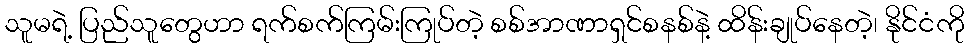
သူမရဲ့ ပြည်သူတွေဟာ ရက်စက်ကြမ်းကြုပ်တဲ့ စစ်အာဏာရှင်စနစ်နဲ့ ထိန်းချုပ်နေတဲ့၊ နိုင်ငံကို